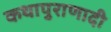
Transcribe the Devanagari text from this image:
कथापुराणादी